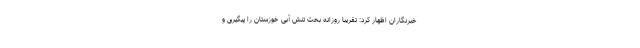
خبرنگاران اظهار کرد: تقریبا روزانه بحث تنش آبی خوزستان را پیگیری و